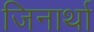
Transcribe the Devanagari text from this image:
जिनार्था